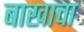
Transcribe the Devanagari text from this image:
बाखाचा